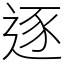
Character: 逐